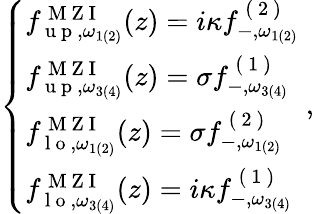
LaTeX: \begin{array}{r}{\left\{ \begin{array}{ll}{{f}_{\mathrm{~u~p~},\omega_{1(2)}}^{\mathrm{~M~Z~I~}}(z)=i\kappa{f}_{-,\omega_{1(2)}}^{\mathrm{~(~2~)~}}}\\ {{f}_{\mathrm{~u~p~},\omega_{3(4)}}^{\mathrm{~M~Z~I~}}(z)=\sigma{f}_{-,\omega_{3(4)}}^{\mathrm{~(~1~)~}}}\\ {{f}_{\mathrm{~l~o~},\omega_{1(2)}}^{\mathrm{~M~Z~I~}}(z)=\sigma{f}_{-,\omega_{1(2)}}^{\mathrm{~(~2~)~}}}\\ {{f}_{\mathrm{~l~o~},\omega_{3(4)}}^{\mathrm{~M~Z~I~}}(z)=i\kappa{f}_{-,\omega_{3(4)}}^{\mathrm{~(~1~)~}}}\end{array}\right.\ ,}\end{array}